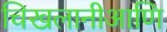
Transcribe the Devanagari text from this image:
चिखलानीआणि